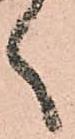
く